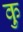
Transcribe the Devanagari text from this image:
कु़